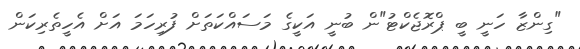
"ގިންޒާ ހަނީ ބީ ޕްރޮޖެކްޓު"ން ބުނީ އަކީގެ މަސައްކަތަށް ފުރިހަަމަ އަށް އެހީތެރިކަން